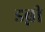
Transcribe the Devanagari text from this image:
डब्नी